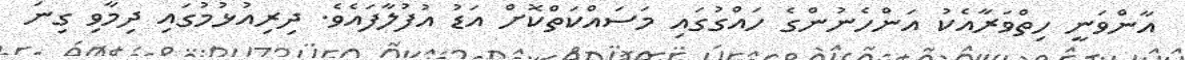
އާންވަނީ ހިތްވަރާއެކު އަންހެނުންގެ ހައްގުގައި މަސައްކަތްކޮށް އަޑު އުފުލާފައެވެ. ދިރިއުޅުމުގައި ދިމާވި ގިނަ